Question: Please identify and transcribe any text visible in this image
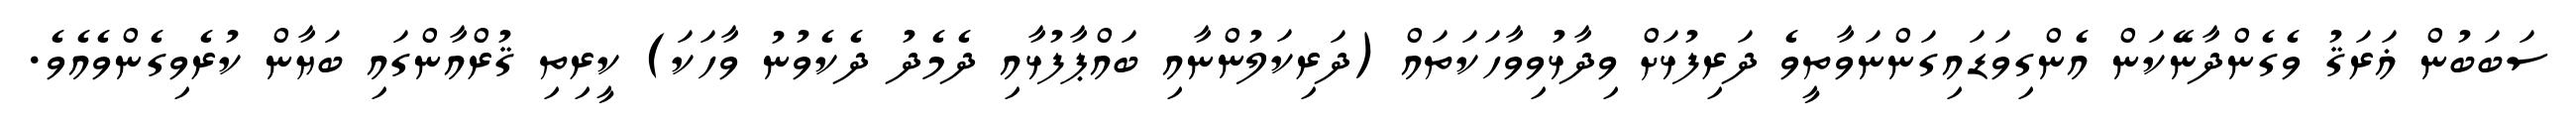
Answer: ސަބަބުން ޣަރަޤު ވެގެންދާނޭކަން އެންގިވަޑައިގަންނަވާތީވެ ދަރިފުޅަށް ވިދާޅުވިވާހަކަތައް (ދަރިކަލުންނާއި ބައްޕާފުޅާއި ދެމެދު ދެކެވުނު ވާހަކަ) ކީރިތި ޤުރްއާންގައި ބަޔާން ކުރެވިގެންވެއެވެ.